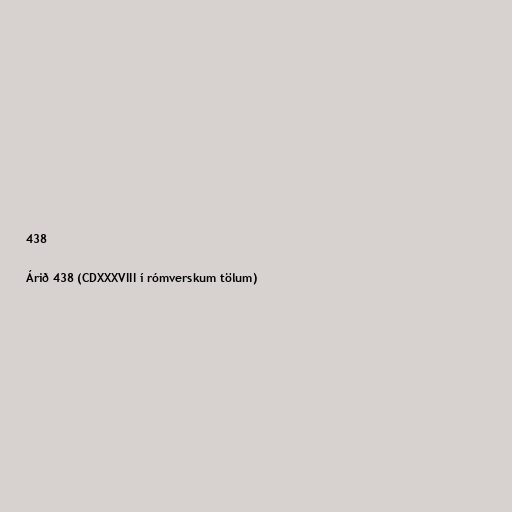
438

Árið 438 (CDXXXVIII í rómverskum tölum)